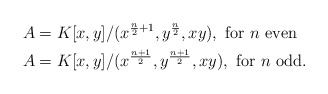
\begin{align*}A &= K[x,y]/(x^{\frac{n}{2}+1}, y^{\frac{n}{2}}, xy), \textrm{ for } n\textrm{ even} \\A &= K[x,y]/(x^{\frac{n+1}{2}}, y^{\frac{n+1}{2}}, xy), \textrm{ for } n\textrm{ odd.}\end{align*}